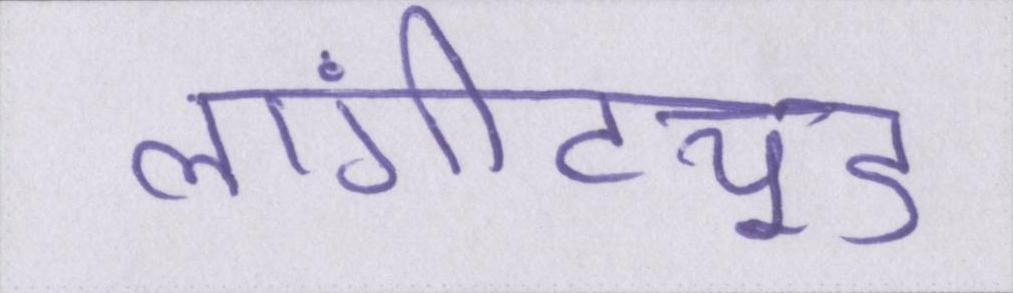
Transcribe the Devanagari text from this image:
लांगीट्यूड